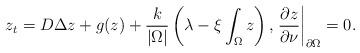
LaTeX: \begin{align*} z_t=D\Delta z+g(z)+\frac{k}{\vert\Omega\vert}\left(\lambda-\xi\int_\Omega z\right), \left. \frac{\partial z}{\partial\nu}\right\vert_{\partial\Omega}=0. \end{align*}